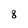
Character: 8